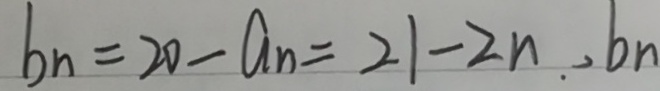
b n = 2 0 - a _ { n } = 2 1 - 2 n . , b n